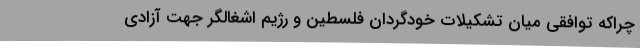
چراکه توافقی میان تشکیلات خودگردان فلسطین و رژیم اشغالگر جهت آزادی